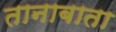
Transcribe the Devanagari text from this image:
तानाबाता